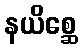
နယိစ္ဆေ